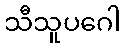
သီသူပဂေါ